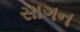
સાગન